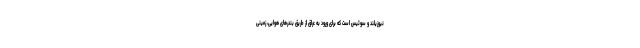
نیوزیلند و سوئیس است که برای ورود به عراق از طریق بندرهای هوایی، زمینی